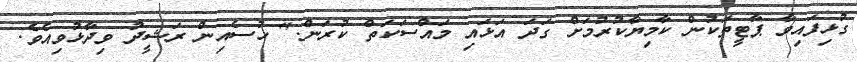
ގުޅިފައިވާ ޕާޓީތަކުން ކާމިޔާކުރުމަށް ގަދަ އަޅައި މައްސަކަތް ކުރަން." ހުސެއިން ރަޝީދު ވިދާޅުވިއެވެ.